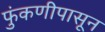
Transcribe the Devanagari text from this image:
फुंकणीपासून